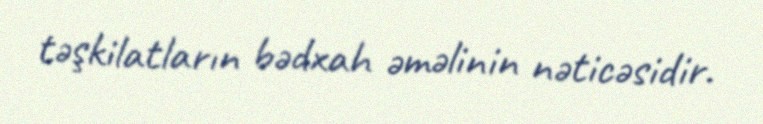
təşkilatların bədxah əməlinin nəticəsidir.